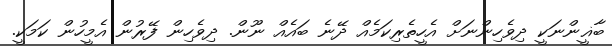
ބާޣީންނަކީ ދިވެހިންނަށް އެހީތެރިކަމެއް ދޭނެ ބައެއް ނޫން. ދިވެހިން ފޭރުން އެމީހުން ކަމަކީ.